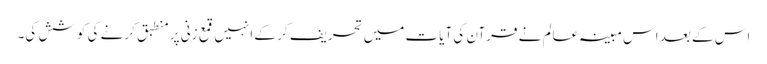
اس کے بعد اس مبینہ عالم نے قرآن کی آیات میں تحریف کر کے انہیں قمع زنی پر منطبق کرنے کی کوشش کی۔